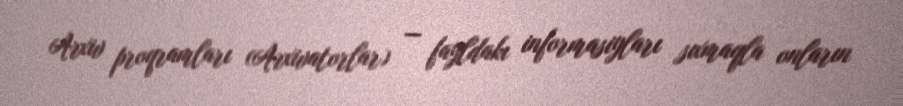
Arxiv proqramları (Arxivatorlar) — fayldakı informasiyları sıxmaqla onların